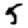
Digit: 5